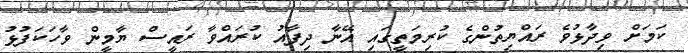
ކަމަށް ވިދާޅުވެ ރައްޔިތުންގެ ކުރިމަތީގައި އޭނާ ދިފާއު ކުރައްވާ ރައީސް ޔާމީން ވާހަކަފުޅު